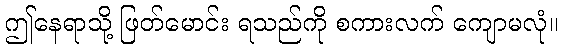
ဤနေရာသို့ ဖြတ်မောင်း ရသည်ကို စကားလက် ကျောမလုံ။